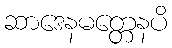
ဆာဒေနမတ္တေနပိ